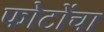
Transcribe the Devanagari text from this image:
फोटोंचा